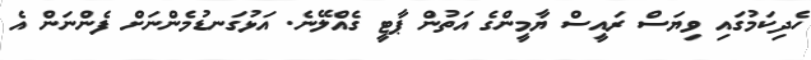
ހެދިކަމުގައި ވިޔަސް ރައީސް ޔާމީންގެ އަތުން ޕާޓީ ގެއްލޭނެ. އަޅުގަނޑުމެންނަށް ފެންނަން އެ